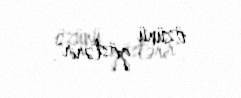
özünü göstərir".